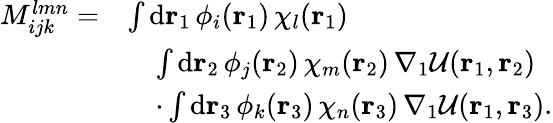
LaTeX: \begin{array}{rl}{M_{ijk}^{lmn}=}&{\int\mathrm{d}{\mathbf{r}_{1}}\, \phi_{i}({\mathbf{r}_{1}})\, \chi_{l}({\mathbf{r}_{1}})}\\ &{\quad\int\mathrm{d}{\mathbf{r}_{2}}\, \phi_{j}({\mathbf{r}_{2}})\, \chi_{m}({\mathbf{r}_{2}})\, \nabla_{1}\mathcal{U}({\mathbf{r}_{1}},{\mathbf{r}_{2}})}\\ &{\quad\cdot\int\mathrm{d}{\mathbf{r}_{3}}\, \phi_{k}({\mathbf{r}_{3}})\, \chi_{n}({\mathbf{r}_{3}})\, \nabla_{1}\mathcal{U}({\mathbf{r}_{1}},{\mathbf{r}_{3}})\mathrm{.}}\end{array}